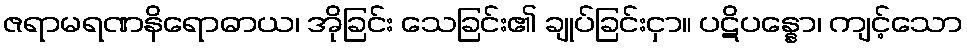
ဇရာမရဏနိရောဓာယ၊ အိုခြင်း သေခြင်း၏ ချုပ်ခြင်းငှာ။ ပဋိပန္နော၊ ကျင့်သော